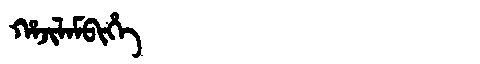
Manchu: ᡥᠠᠵᡳᠯᠠᠮᠪᡳᡥᡝ
Romanization: HAJILAMBIHE